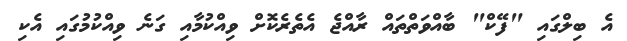
އެ ބިލްގައި "ފޭކް" ބާއްވަތްތައް ރާއްޖެ އެތެރެކޮށް ވިއްކުމާއި ގަނެ ވިއްކުމުގައި އެކި